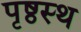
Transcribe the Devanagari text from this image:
पृष्ठस्थ